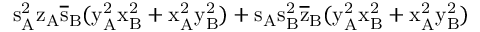
\mathrm { s _ { A } ^ { 2 } \mathrm { z _ { A } \mathrm { \overline { { s } } _ { B } ( \mathrm { y _ { A } ^ { 2 } \mathrm { x _ { B } ^ { 2 } + \mathrm { x _ { A } ^ { 2 } \mathrm { y _ { B } ^ { 2 } ) + \mathrm { s _ { A } \mathrm { s _ { B } ^ { 2 } \mathrm { \overline { { z } } _ { B } ( \mathrm { y _ { A } ^ { 2 } \mathrm { x _ { B } ^ { 2 } + \mathrm { x _ { A } ^ { 2 } \mathrm { y _ { B } ^ { 2 } ) } } } } } } } } } } } } } }